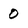
Character: 0